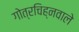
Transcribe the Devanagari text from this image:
गोत्रचिह्नवाले